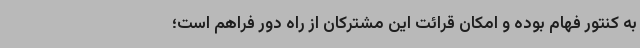
به کنتور فهام بوده و امکان قرائت این مشترکان از راه دور فراهم است؛